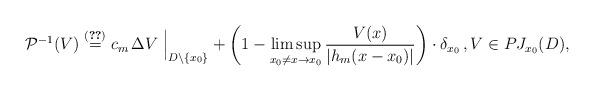
LaTeX: \begin{align*}{{\mathcal P}}^{-1}(V)\overset{\eqref{df:cm}}{=}c_m \,\Delta V\Bigm|_{D\setminus \{x_0\}}+\left(1-\limsup\limits_{x_0\neq x \to x_0}\dfrac{V(x )}{|h_m(x-x_0)|}\right)\cdot{\delta}_{x_0}\, , V\in PJ_{x_0}(D),\end{align*}